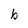
Character: b